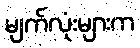
မျက်လုံးများက